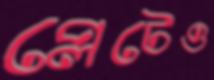
প্লেটেও